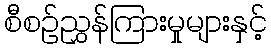
စီစဉ်ညွှန်ကြားမှုများနှင့်